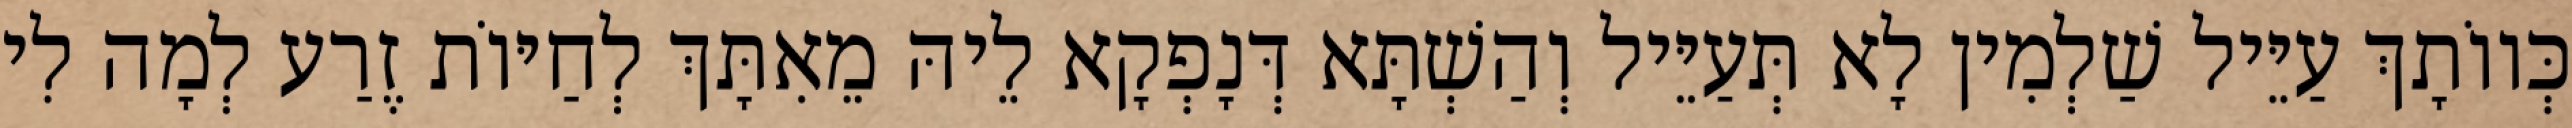
כְּווֹתָךְ עַיֵּיל שַׁלְמִין לָא תְּעַיֵּיל וְהַשְׁתָּא דְּנָפְקָא לֵיהּ מֵאִתָּךְ לְחַיּוֹת זֶרַע לְמָה לִי